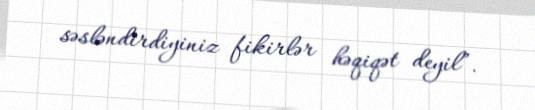
səsləndirdiyiniz fikirlər həqiqət deyil”.